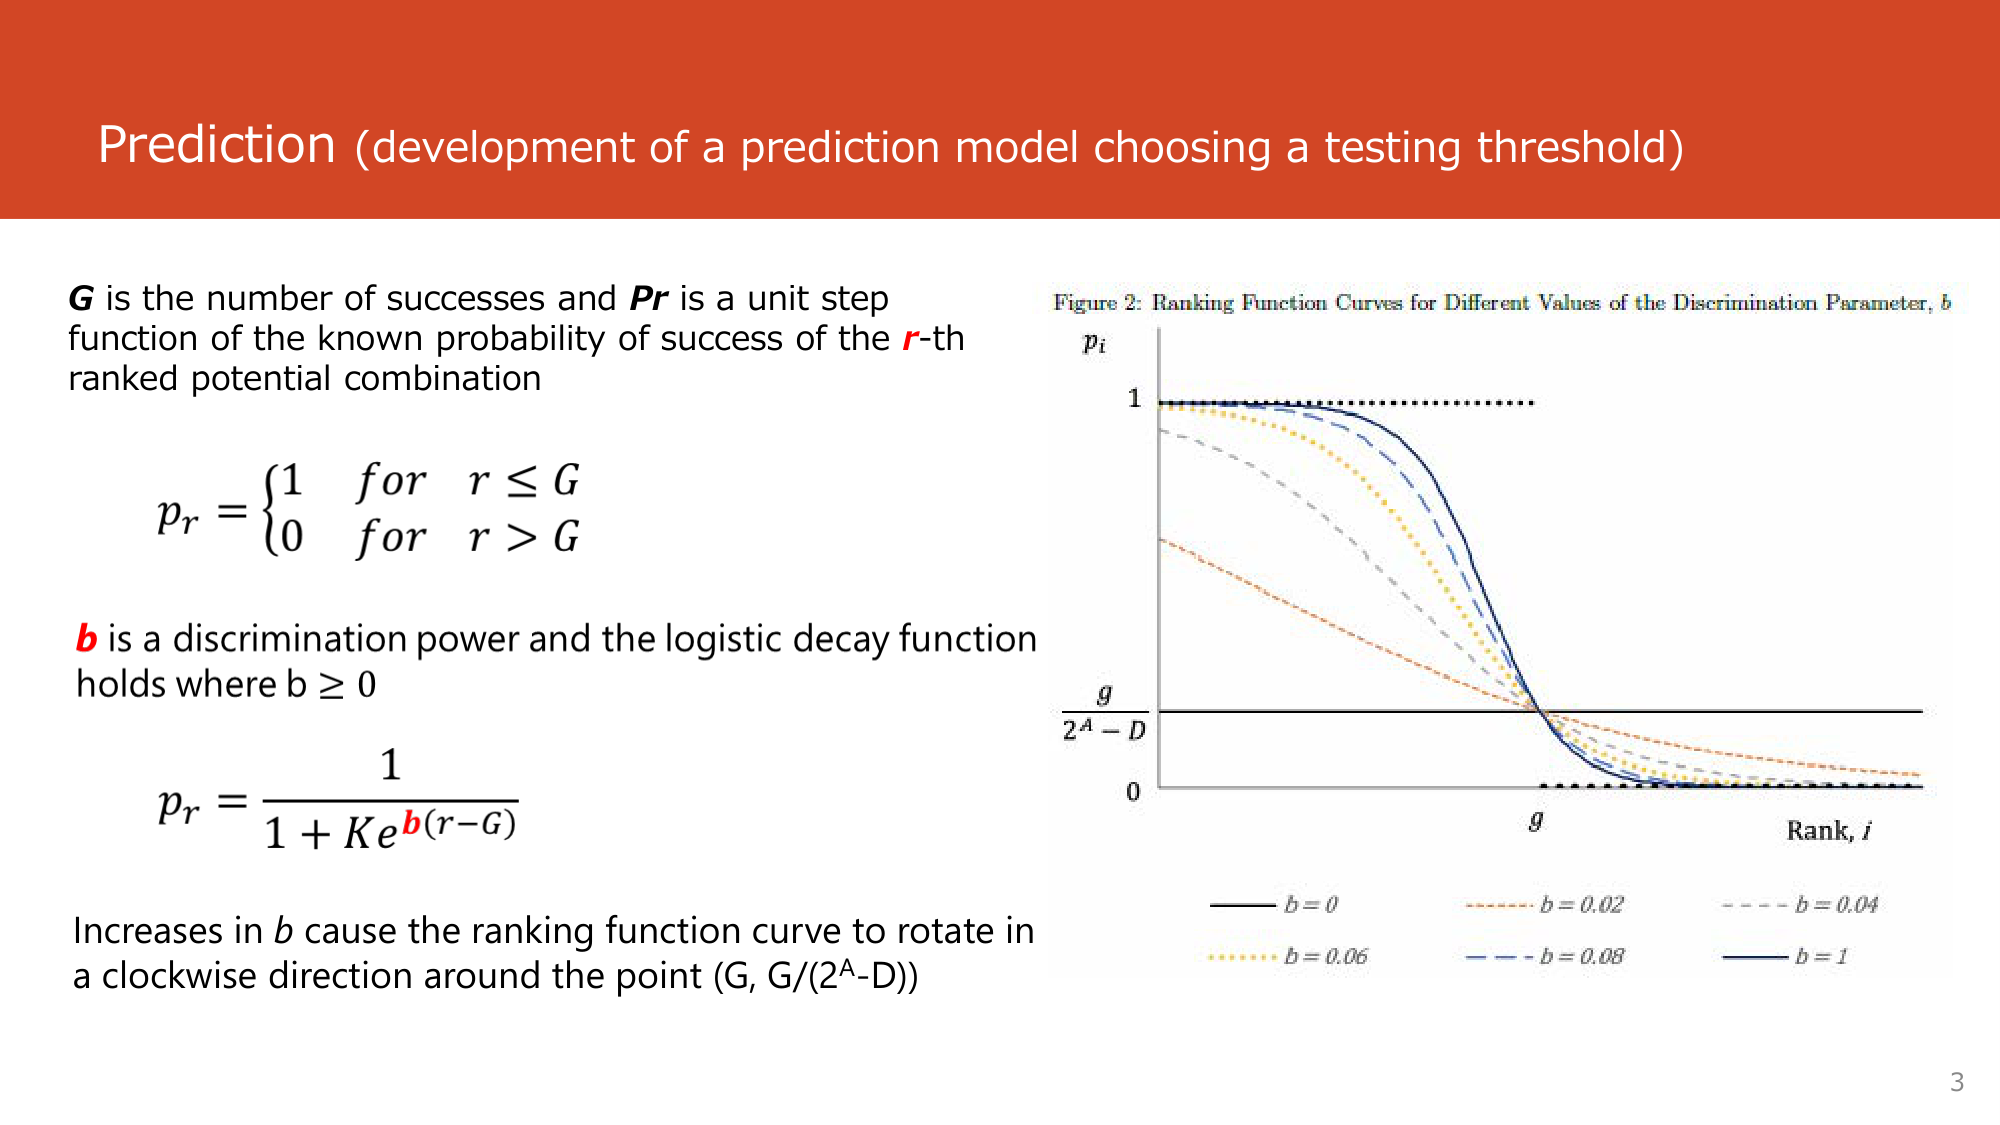
Prediction (development of a prediction model choosing a testing threshold)

G is the number of successes and Pr is a unit step function of the known probability of success of the r-th ranked potential combination

p_r = { 1  for  r ≤ G
       { 0  for  r > G

b is a discrimination power and the logistic decay function holds where b ≥ 0

p_r = 1 / (1 + K e^{b(r-G)})

Increases in b cause the ranking function curve to rotate in a clockwise direction around the point (G, G/(2^A-D))

Figure 2: Ranking Function Curves for Different Values of the Discrimination Parameter, b

p_i
1
g / (2^A - D)
0
g
Rank, i

b = 0
b = 0.02
b = 0.04
b = 0.06
b = 0.08
b = 1

3